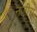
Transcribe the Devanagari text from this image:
नज़ीरा